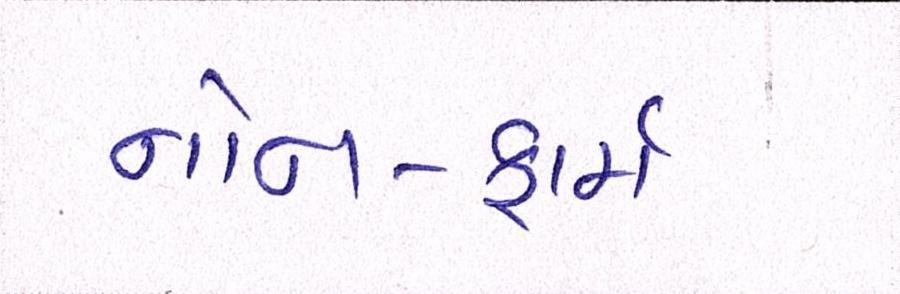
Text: નોન-ફાર્મ